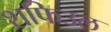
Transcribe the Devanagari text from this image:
शफिउल